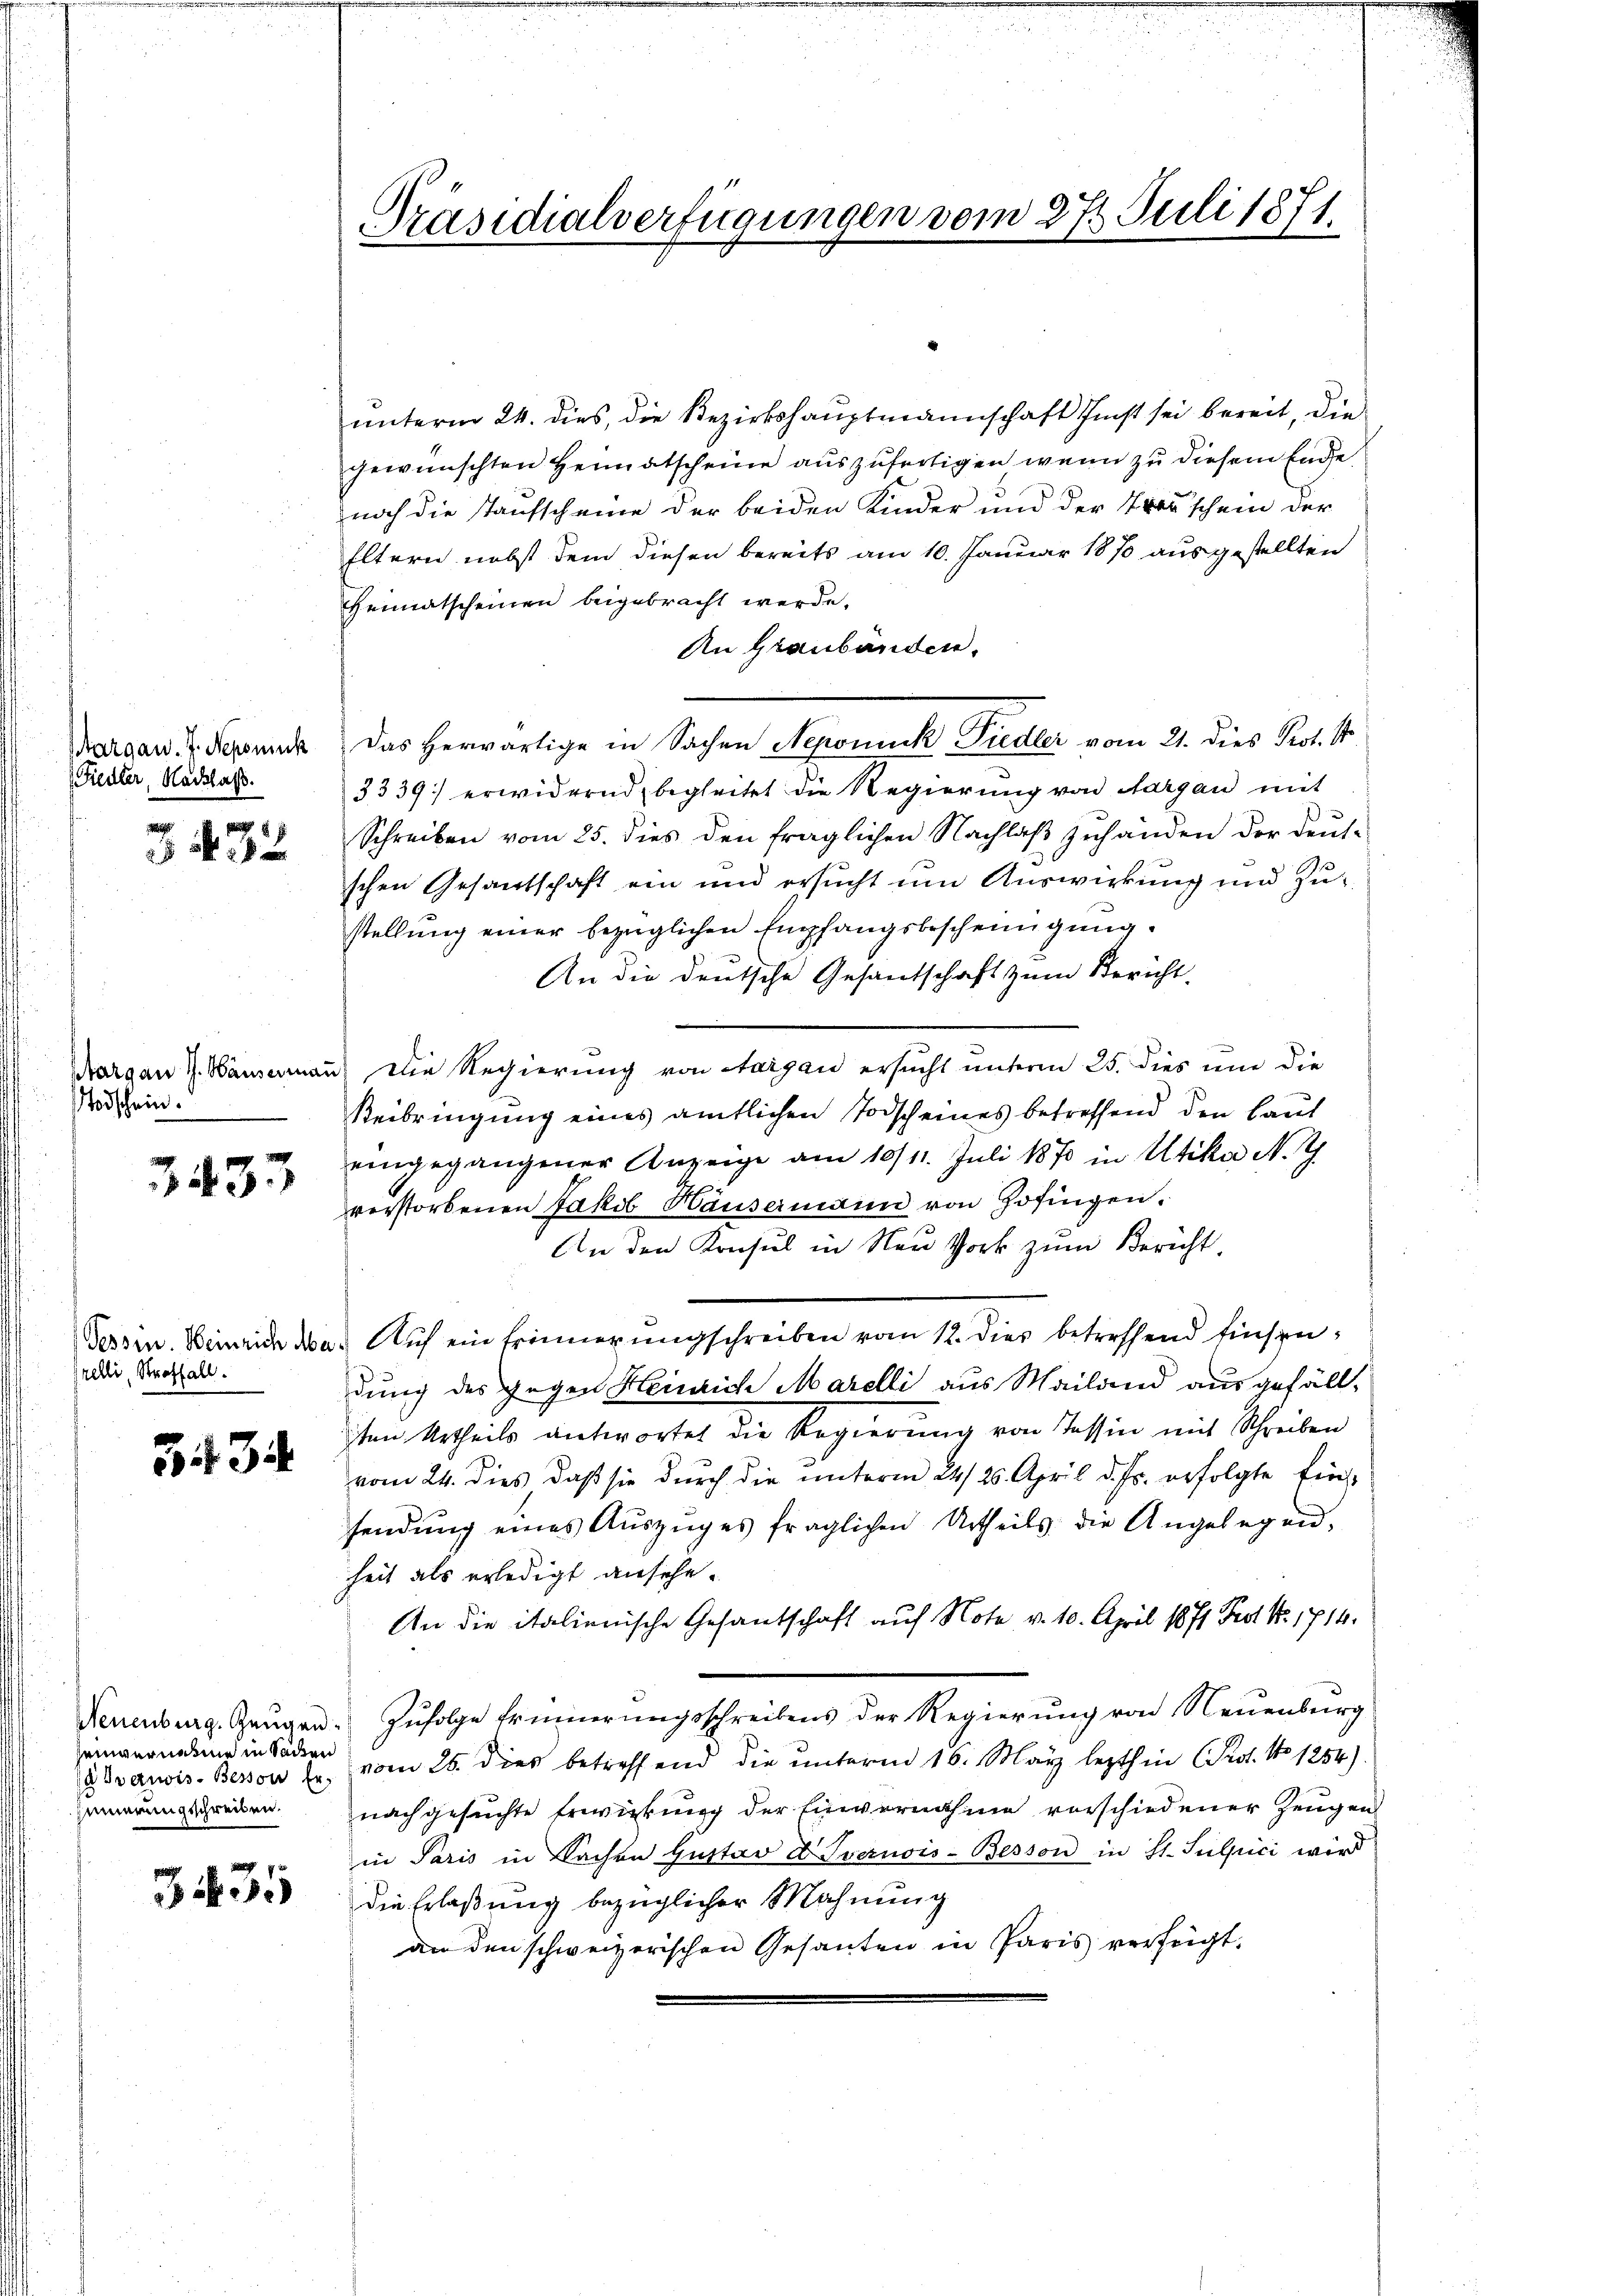
Margau. J. Nepomuck
(Fiedler, Nachlaß.

432

Todschein.

3433

frelli, Straffall.

334

Zeinvernehme in Sachen
seinerungeschreiben.

3435

Präsidialverfügungen vom 27. Juli 1871.

unterm 24. dies, die Bezirkshauptmannschaft finst sei bereit, die
gewünschten Heimatscheine auszufertigen, wenn zu diesem Ende
noch die Taufscheine der beiden Kinder und der Treu schein der
Eltern nebst dem diesen bereits am 10. Januar 1870 ausgestellten
Heimatscheinen beigebracht werde.
An Graubanden.
das herwärtige in Sachen Nepomuck Fiedler vom 21. dies Prof.
3339) erwidernd begleitet die Regierung von Aargau mit
Schreiben vom 25. dies den fraglichen Nachlaβ zŭhanden der deut-
schen Gesantschaft ein und ersucht um Auswirkung und Zustellung einer bezüglichen Empfangsbescheinigung.
An die deutsche Gesandschaft zum Bericht
Margan J. Häuserman die Regierung von Aargau ersucht unterm 25. dies um die
Beibringung eines amtlichen Todscheines betreffend den laut
eingegangener Anzeige am 10/11. Juli 1870 in Utika N. Z.
verstorbenen Jakob Häusermann von Zofingen.
An den Konsul in Neu Vork zum Bericht.
Tessin. Heinrich da. Auf ein Erinnerungschreiben vom 12. Dies betreffend Einsen,
dung des gegen Heinrich Marelli aus Mailand ausgefälltten Urtheils antwortet die Regierung von Tessin mit Schreiben
vom 24. dies, daβ sie dŭrch die ŭnterm 22/26. April d. Js. erfolgte Ein
sendung eines Auszuges fraglichen Urtheils die Angelegen,
heit als erledigt ansehe.
An die italienische Gesantschaft auf Note v. 10. April 1871 Prof. No. 1714.
Neuenburg. Zeŭgen. Zŭfolge Erinnerŭngsschreibens der Regierŭng von Neuenburg
& Ivanois-Beron E. vom 25. dies betreffend die ŭnterm 16. May lezthin (Prot. No 1254).
nachgesuchte Erwirkung der Einvernahme vorschiedener Zeugen
in Paris in Sachen Gustav D. Prezuois-Besson in St. Sulpici wird
die Erlaßung bezüglicher Mahnung
an den schweizerischen Gesanten in Paris verfügt.